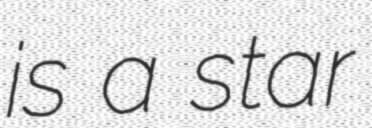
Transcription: is a star